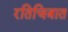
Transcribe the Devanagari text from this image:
रतिचित्रात